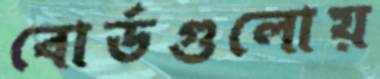
বোর্ডগুলোয়